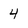
Character: 4